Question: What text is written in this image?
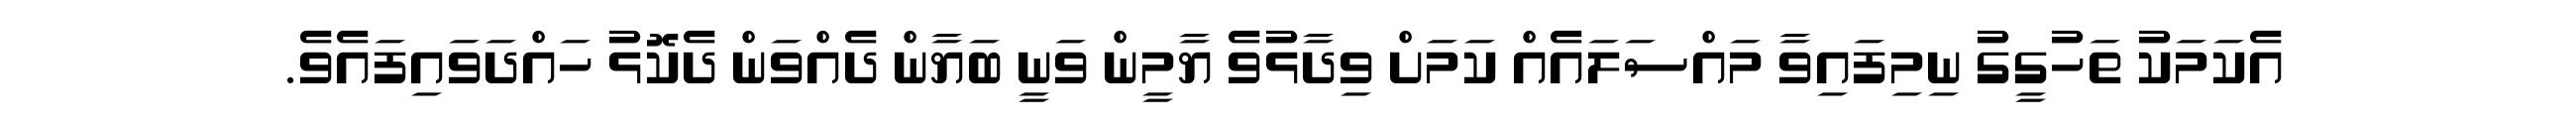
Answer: އެކަމަކު ތަހުގީގު ނިމިފައިވާ މައްސަލައެއް ކަމަށް ވިދާޅުވެ ޔާމީން ވަނީ ބަޔާން ދެއްވަން ދެކޮޅު ހައްދަވައިފައެވެ.